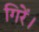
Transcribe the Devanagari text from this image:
गिरें।